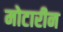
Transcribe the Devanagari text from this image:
मोटारीन